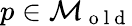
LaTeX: p\in\mathcal{M}_{\mathrm{~o~l~d~}}